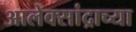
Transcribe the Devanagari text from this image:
आलेक्सांद्राच्या